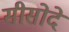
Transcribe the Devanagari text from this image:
सीसोदे